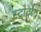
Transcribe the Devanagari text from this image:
स्ट्रोटोन